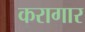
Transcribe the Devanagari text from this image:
करागार